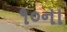
૧૦ના